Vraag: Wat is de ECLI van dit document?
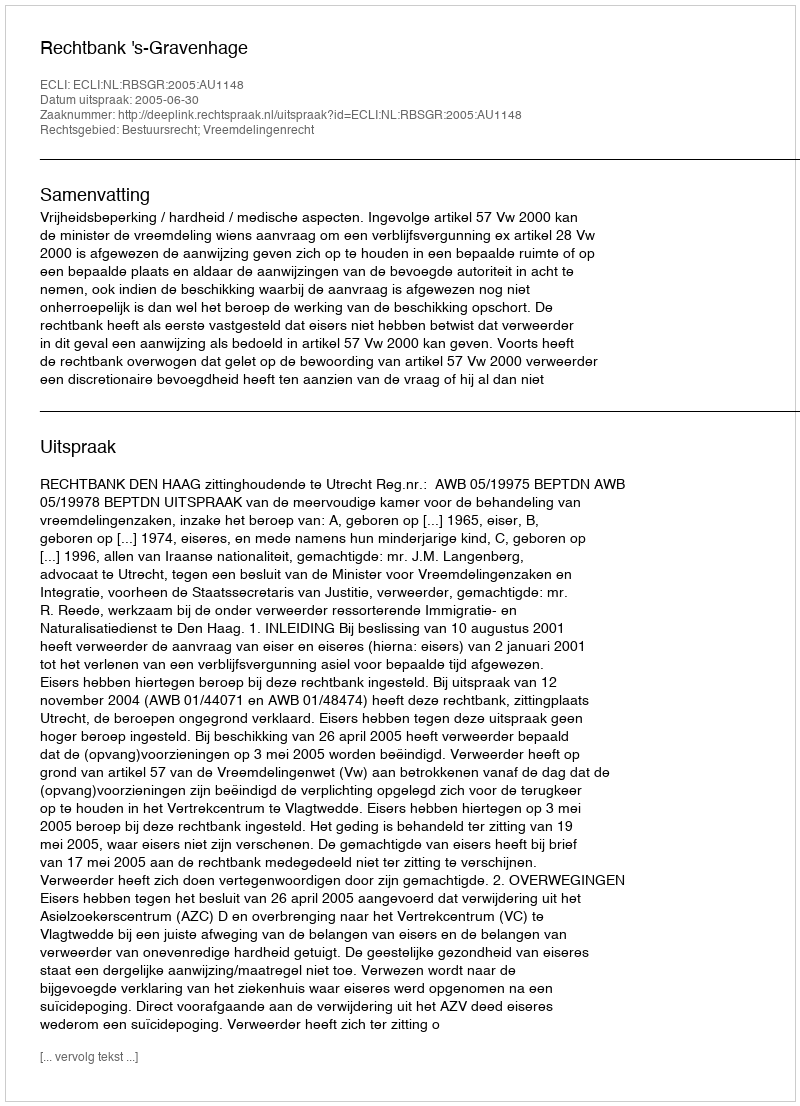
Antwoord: ECLI:NL:RBSGR:2005:AU1148